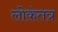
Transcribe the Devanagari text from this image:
लोकंतत्र